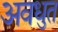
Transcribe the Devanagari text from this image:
अवधुत